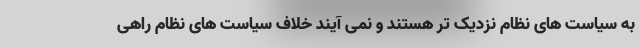
به سیاست های نظام نزدیک تر هستند و نمی آیند خلاف سیاست های نظام راهی